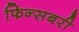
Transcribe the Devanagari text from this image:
फिन्सबरी